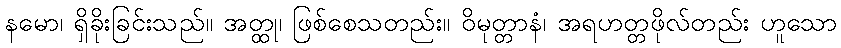
နမော၊ ရှိခိုးခြင်းသည်။ အတ္ထု၊ ဖြစ်စေသတည်း။ ဝိမုတ္တာနံ၊ အရဟတ္တဖိုလ်တည်း ဟူသော